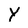
Character: Y